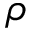
\rho